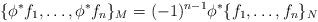
LaTeX: \begin{align*} \{\phi^*f_1, \ldots, \phi^*f_n\}_M = (-1)^{n-1} \phi^* \{f_1, \ldots, f_n\}_N\end{align*}